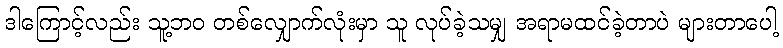
ဒါကြောင့်လည်း သူ့ဘဝ တစ်လျှောက်လုံးမှာ သူ လုပ်ခဲ့သမျှ အရာမထင်ခဲ့တာပဲ များတာပေါ့